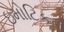
ઇમોટિકન